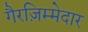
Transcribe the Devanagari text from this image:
गैरज़िम्मेदार